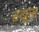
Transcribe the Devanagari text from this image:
रयूस